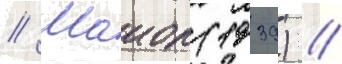
// Маиор (1939) //